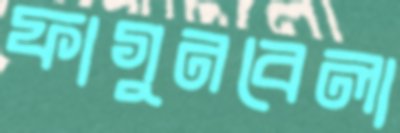
ফাগুনবেলা